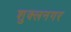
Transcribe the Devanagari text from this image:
शुक्लनगर